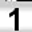
Digit: 1